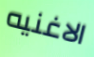
الاغنيه